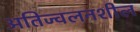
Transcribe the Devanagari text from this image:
अतिज्वलनशील